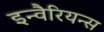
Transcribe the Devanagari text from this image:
इन्वैरियन्स